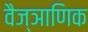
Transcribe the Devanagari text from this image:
वैज्ञाणिक